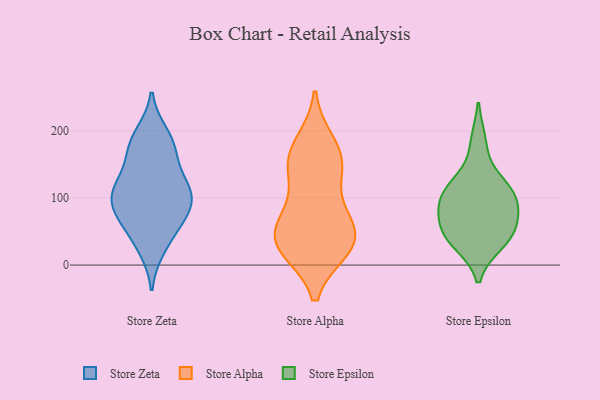
{"axis": {"x": "Gross Profit (USD K)", "y": "Value"}, "legend": ["Store Alpha", "Store Epsilon", "Store Zeta"], "data": [{"x": "", "y": 32, "type": "Store Zeta"}, {"x": "", "y": 122, "type": "Store Zeta"}, {"x": "", "y": 116, "type": "Store Zeta"}, {"x": "", "y": 196, "type": "Store Zeta"}, {"x": "", "y": 81, "type": "Store Zeta"}, {"x": "", "y": 101, "type": "Store Zeta"}, {"x": "", "y": 70, "type": "Store Zeta"}, {"x": "", "y": 172, "type": "Store Zeta"}, {"x": "", "y": 163, "type": "Store Zeta"}, {"x": "", "y": 114, "type": "Store Zeta"}, {"x": "", "y": 192, "type": "Store Zeta"}, {"x": "", "y": 118, "type": "Store Zeta"}, {"x": "", "y": 62, "type": "Store Zeta"}, {"x": "", "y": 71, "type": "Store Zeta"}, {"x": "", "y": 24, "type": "Store Zeta"}, {"x": "", "y": 87, "type": "Store Zeta"}, {"x": "", "y": 107, "type": "Store Zeta"}, {"x": "", "y": 169, "type": "Store Zeta"}, {"x": "", "y": 154, "type": "Store Alpha"}, {"x": "", "y": 180, "type": "Store Alpha"}, {"x": "", "y": 37, "type": "Store Alpha"}, {"x": "", "y": 39, "type": "Store Alpha"}, {"x": "", "y": 151, "type": "Store Alpha"}, {"x": "", "y": 152, "type": "Store Alpha"}, {"x": "", "y": 27, "type": "Store Alpha"}, {"x": "", "y": 43, "type": "Store Alpha"}, {"x": "", "y": 26, "type": "Store Alpha"}, {"x": "", "y": 90, "type": "Store Alpha"}, {"x": "", "y": 64, "type": "Store Alpha"}, {"x": "", "y": 183, "type": "Store Epsilon"}, {"x": "", "y": 120, "type": "Store Epsilon"}, {"x": "", "y": 86, "type": "Store Epsilon"}, {"x": "", "y": 90, "type": "Store Epsilon"}, {"x": "", "y": 33, "type": "Store Epsilon"}, {"x": "", "y": 113, "type": "Store Epsilon"}, {"x": "", "y": 46, "type": "Store Epsilon"}, {"x": "", "y": 53, "type": "Store Epsilon"}, {"x": "", "y": 113, "type": "Store Epsilon"}, {"x": "", "y": 76, "type": "Store Epsilon"}, {"x": "", "y": 38, "type": "Store Epsilon"}]}